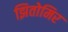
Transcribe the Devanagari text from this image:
झितोमिर